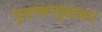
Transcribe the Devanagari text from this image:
पुढच्यापुढच्या